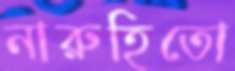
নারুহিতো